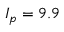
I _ { p } = 9 . 9